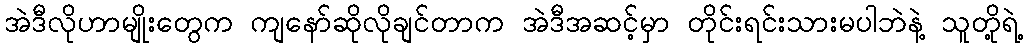
အဲဒီလိုဟာမျိုးတွေက ကျနော်ဆိုလိုချင်တာက အဲဒီအဆင့်မှာ တိုင်းရင်းသားမပါဘဲနဲ့ သူတို့ရဲ့